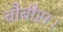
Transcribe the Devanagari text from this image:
चौबीस।